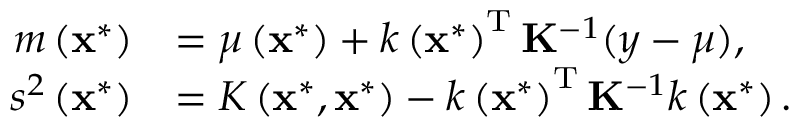
\begin{array} { r l } { m \left( \mathbf { x } ^ { * } \right) } & { = \mu \left( \mathbf { x } ^ { * } \right) + k \left( \mathbf { x } ^ { * } \right) ^ { \mathrm { T } } \mathbf { K } ^ { - 1 } ( \boldsymbol { y } - \boldsymbol { \mu } ) , } \\ { s ^ { 2 } \left( \mathbf { x } ^ { * } \right) } & { = K \left( \mathbf { x } ^ { * } , \mathbf { x } ^ { * } \right) - k \left( \mathbf { x } ^ { * } \right) ^ { \mathrm { T } } \mathbf { K } ^ { - 1 } k \left( \mathbf { x } ^ { * } \right) . } \end{array}